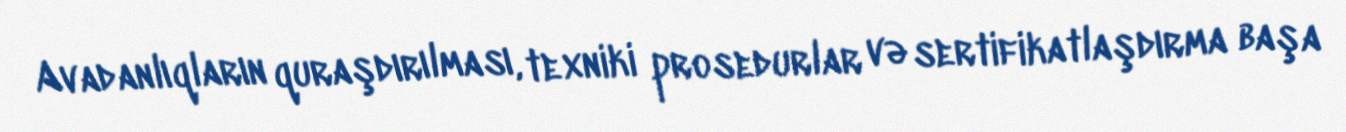
Avadanlıqların quraşdırılması, texniki prosedurlar və sertifikatlaşdırma başa